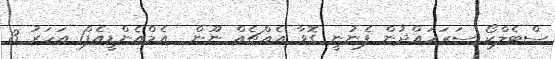
ސްޓެލްކޯ ސަރަހައްދުން ފެނުނީ ގޮވާ އެއްޗެއް ނޫން  އެމްއެންޑީއެފް1 އަހަރު 3